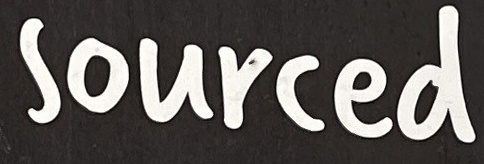
sourced